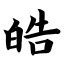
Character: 皓